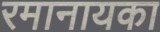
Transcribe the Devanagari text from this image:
रमानायका